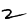
Digit: 2